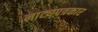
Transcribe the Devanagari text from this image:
नाट्यपत्रकार